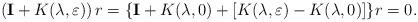
LaTeX: \begin{align*}\left( \mathbf{I}+K(\lambda,\varepsilon)\right) r=\{\mathbf{I}+K(\lambda,0)+[K(\lambda,\varepsilon)-K(\lambda,0)]\}r=0.\end{align*}